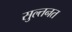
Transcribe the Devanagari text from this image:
सुल्तनत